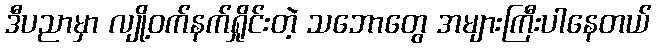
ဒီပညာမှာ လျို့ဝက်နက်ရှိုင်းတဲ့ သဘောတွေ အများကြီးပါနေတယ်